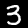
Label: 3